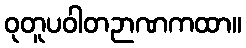
ဝုတူပဝါတဉာဏကထာ။